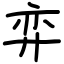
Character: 弈